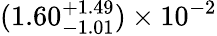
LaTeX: (1.60_{-1.01}^{+1.49})\times 10^{-2}